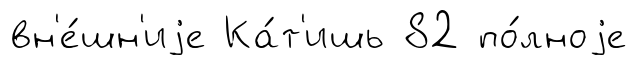
вн'е́шн'иjе Ка́т'ишь 82 по́лноjе